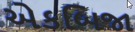
એકબિજા